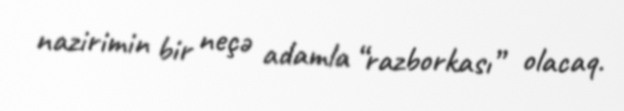
nazirimin bir neçə adamla “razborkası” olacaq.